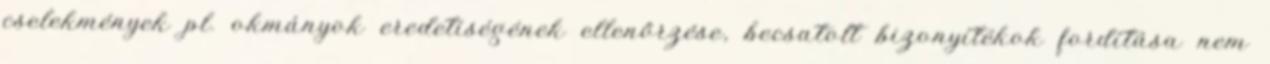
cselekmények pl. okmányok eredetiségének ellenőrzése, becsatolt bizonyítékok fordítása nem